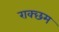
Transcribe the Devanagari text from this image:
राक्छम